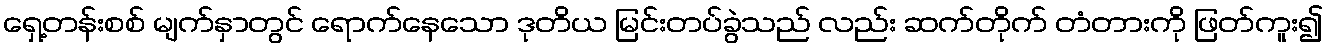
ရှေ့တန်းစစ် မျက်နှာတွင် ရောက်နေသော ဒုတိယ မြင်းတပ်ခွဲသည် လည်း ဆက်တိုက် တံတားကို ဖြတ်ကူး၍